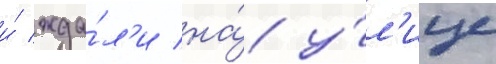
и́ жда́л'и на́ у́л'ице